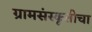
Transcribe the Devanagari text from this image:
ग्रामसंस्कृतीचा